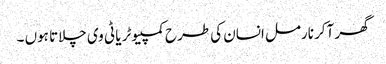
گھر آکر نارمل انسان کی طرح کمپیوٹر یا ٹی وی چلاتا ہوں ۔